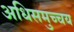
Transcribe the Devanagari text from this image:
अधिसमुच्चय